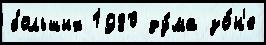
больших 1980 ду́ма зо́н'е